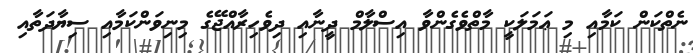
ނެތްކަން ކަމާއި މި ޢަމަލަކީ މާތްވެގެންވާ އިސްލާމް ދީނާއި ދިވެހިރާއްޖޭގެ މިނިވަންކަމާއި ސިޔާދަތާއި